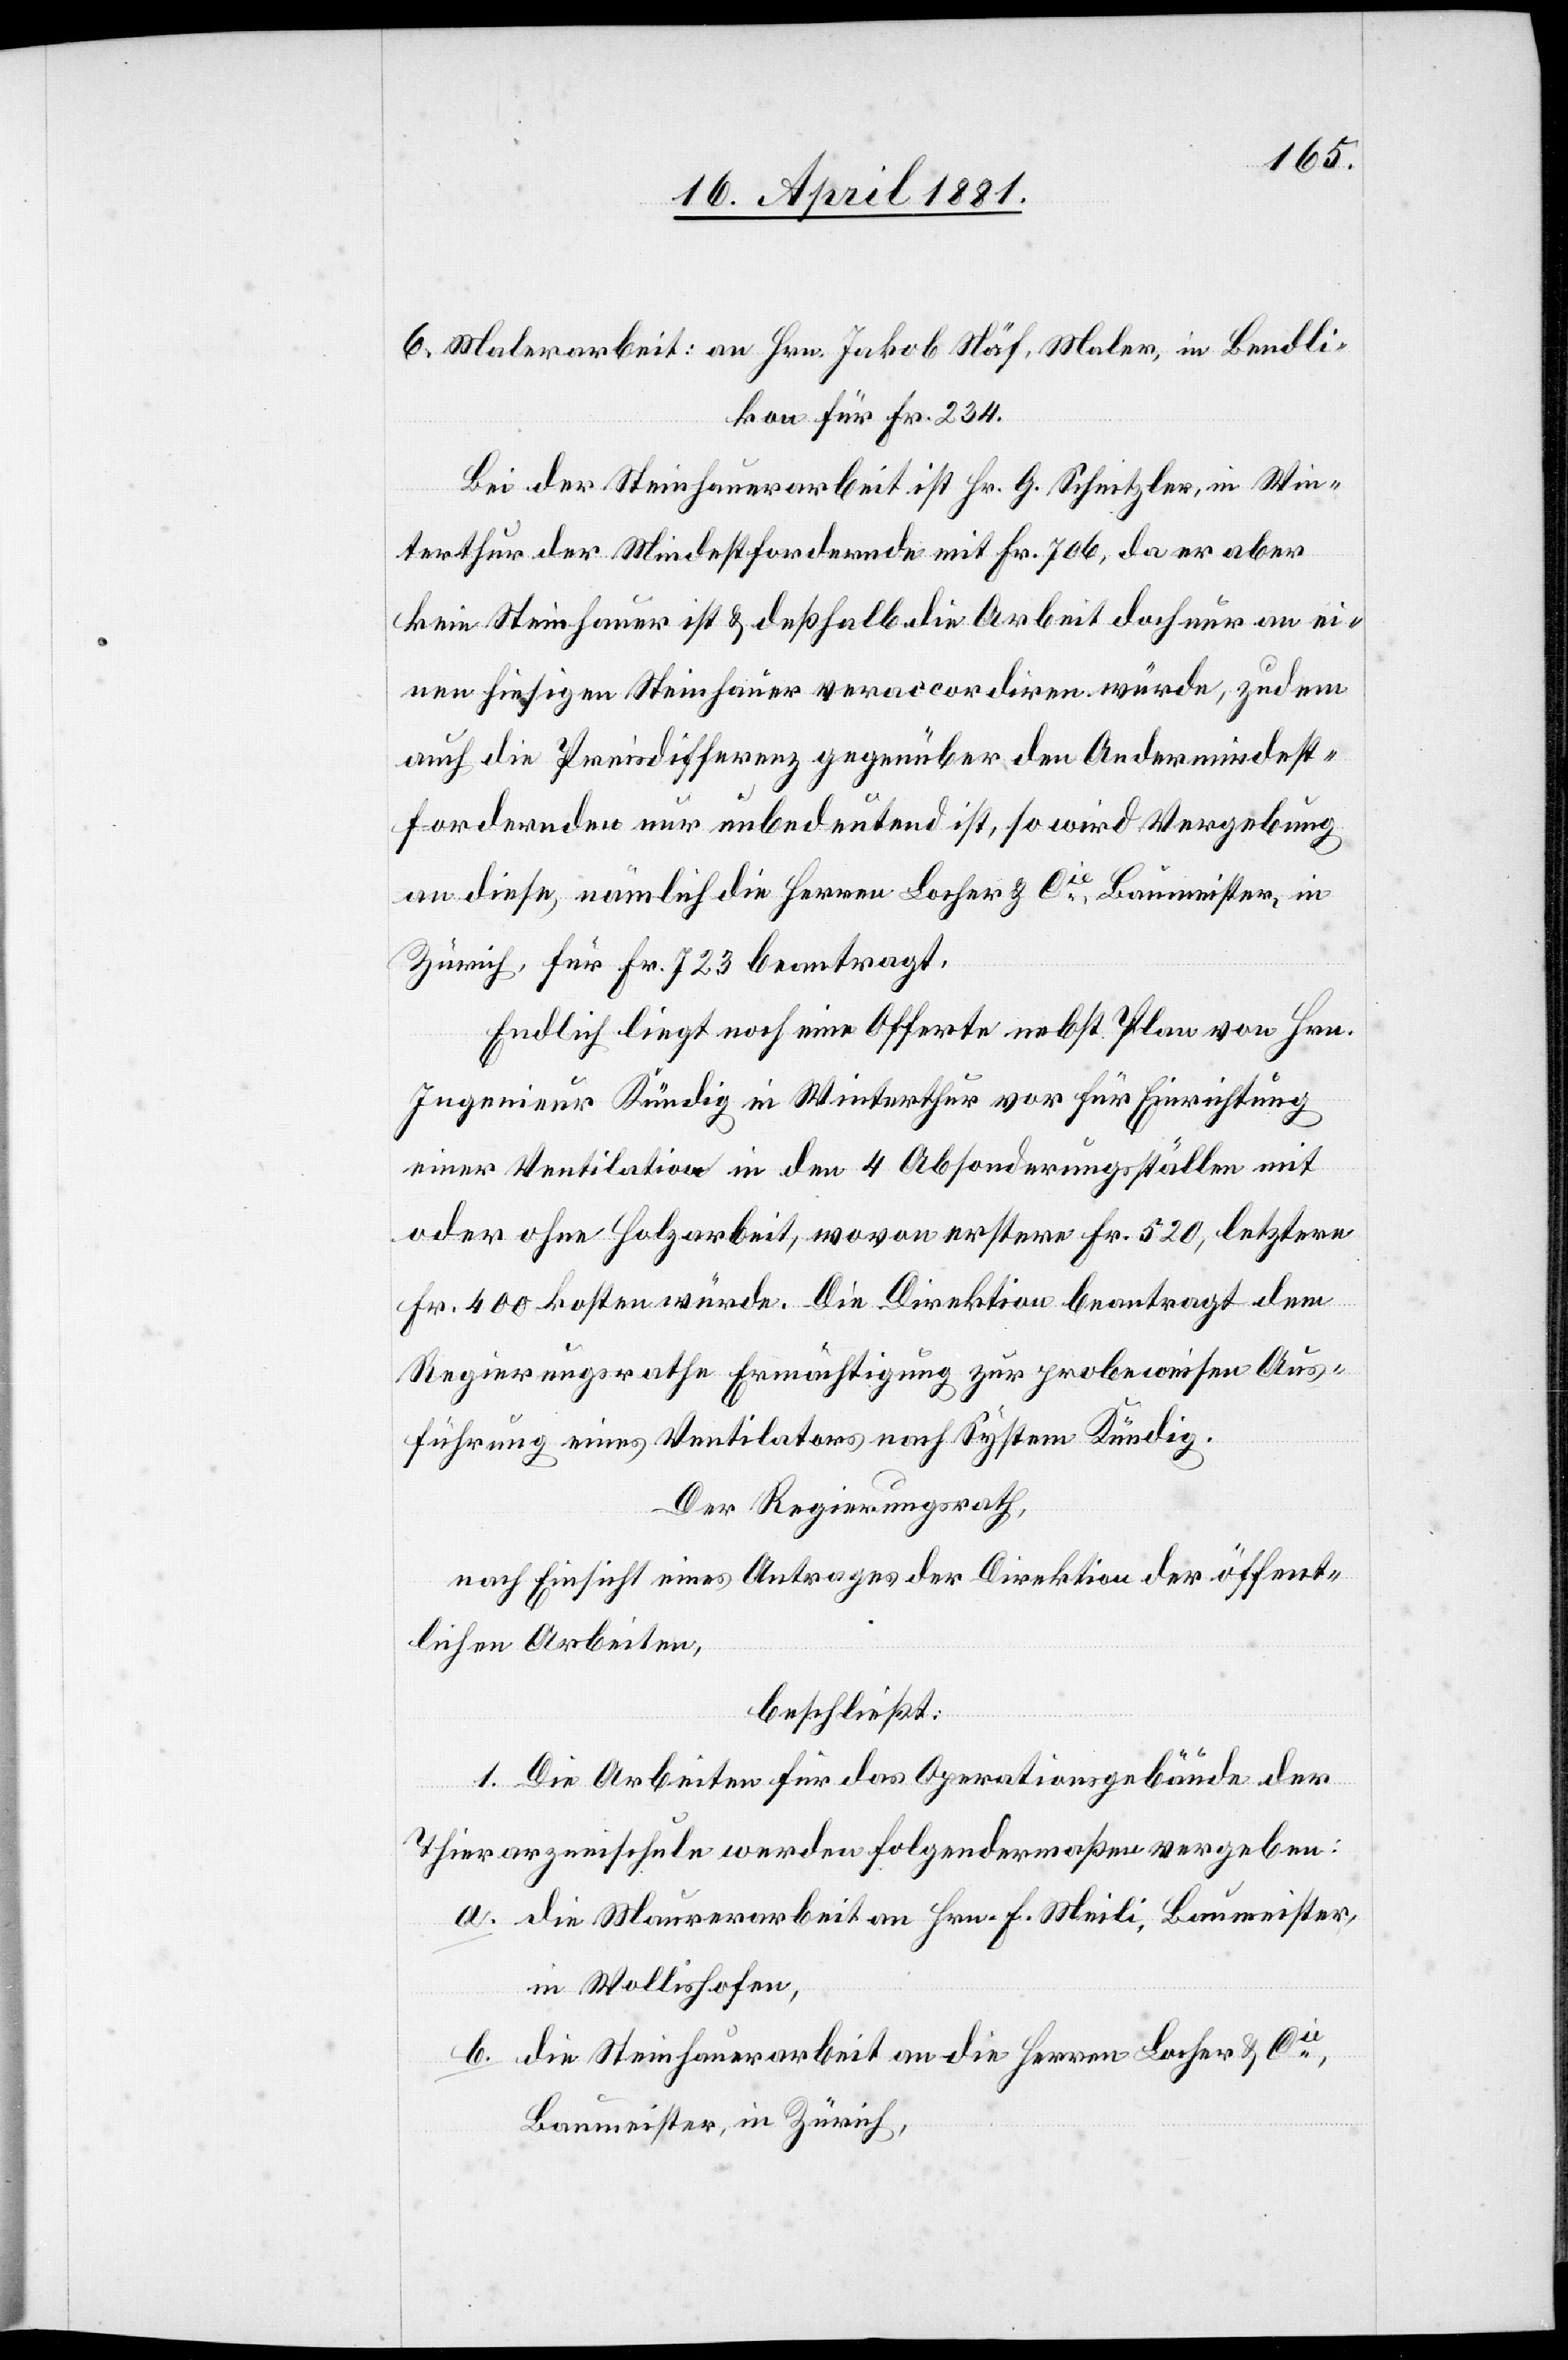
Bend¬
likon für Fr. 234.
Bei der Steinhauerarbeit ist Hr. G. Schnitzler, in Win¬
terthur der Mindestfordernde mit Fr. 706, da er aber
kein Steinhauer ist & deßhalb die Arbeit doch nur an ei¬
nen hiesigen Steinhauer veraccordiren würde, zudem
auch die Preisdifferenz gegenüber den Andermindest¬
fordernden nur unbedeutend ist, so wird Vergebung
an diese, nämlich die Herren Locher & Cie, Baumeister, in
Zürich, für Fr. 723 beantragt.
Endlich liegt noch eine Offerte nebst Plan von Hrn.
Ingenieur Kündig in Winterthur vor für Einrichtung
einer Ventilation in den 4 Absonderungsställen mit
oder ohne Holzarbeit, wovon erstere Fr. 520, letztere
Fr. 400 kosten würde. Die Direktion beantragt dem
Regierungsrathe Ermächtigung zur probeweisen Aus¬
führung eines Ventilators nach System Kündig.
Der Regierungsrath,
nach Einsicht eines Antrages der Direktion öffent¬
lichen Arbeiten,
beschließt:
1. Die Arbeiten für das Operationsgebäude der
Thierarzneischule werden folgendermaßen vergeben:
a. die Maurerarbeit an Hrn. F. Meili, Baumeister,
in Wollishofen,
b. die Steinhauerarbeit an die Herren Locher & Cie,
Baumeister, in Zürich,